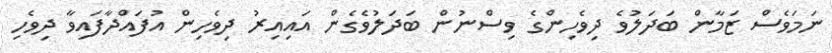
ނަމަވެސް ޒަމާން ބަދަލުވެ ދިވެހިންގެ ވިސްނުން ބަދަލުވެގެން އައިއިރު ދިވެހިން އުފައްދާފައިވާ ދިވެހި